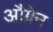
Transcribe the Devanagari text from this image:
औग्रेन